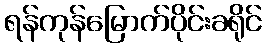
ရန်ကုန်မြောက်ပိုင်းခရိုင်